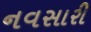
નવસારી